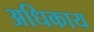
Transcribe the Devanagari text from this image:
अधिकाय